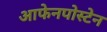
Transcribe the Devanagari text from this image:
आफेनपोस्टेन